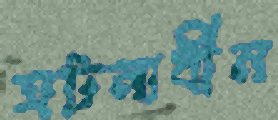
ঘটনাধীন